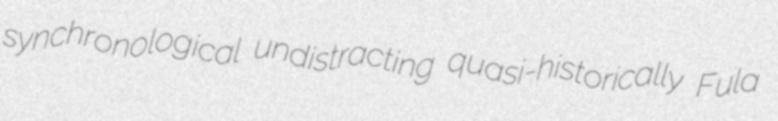
synchronological undistracting quasi-historically Fula